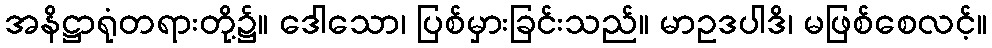
အနိဋ္ဌာရုံတရားတို့၌။ ဒေါသော၊ ပြစ်မှားခြင်းသည်။ မာဥဒပါဒိ၊ မဖြစ်စေလင့်။